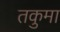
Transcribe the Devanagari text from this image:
तकुमा